Cholera in India, 1862 to 1881
Year: 1862
Disease focus: Cholera
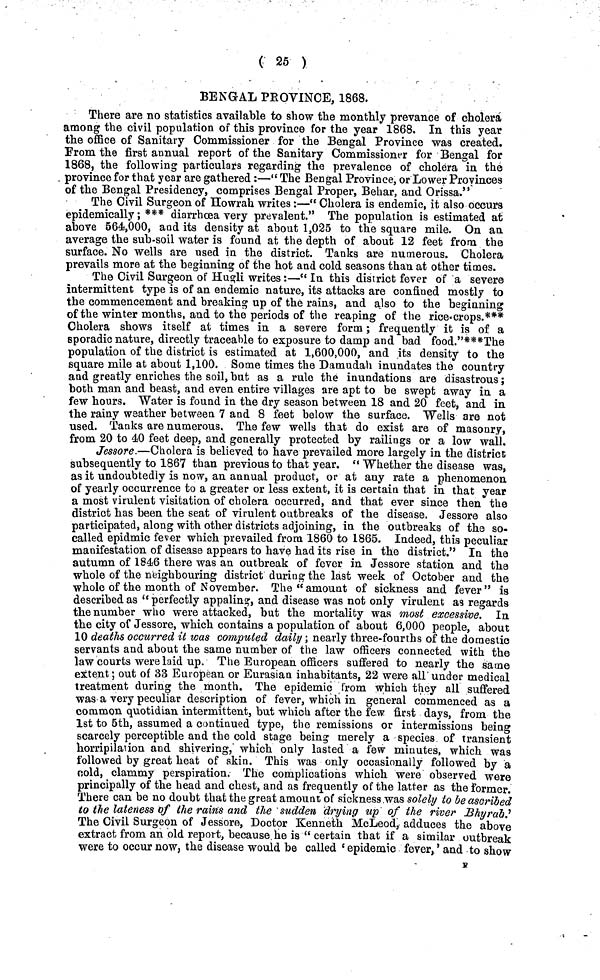
( 25 )
BENGAL PROVINCE, 1868.
There are no statistics available to show the monthly prevance of cholera
among the civil population of this province for the year 1868. In this year
the office of Sanitary Commissioner for the Bengal Province was created.
From the first annual report of the Sanitary Commissioner for Bengal for
1868, the following particulars regarding the prevalence of cholera in the
province for that year are gathered :—" The Bengal Province, or Lower Provinces
of the Bengal Presidency, comprises Bengal Proper, Behar, and Orissa."
The Civil Surgeon of Howrah writes :—" Cholera is endemic, it also occurs
epidemically ; *** diarrhoea very prevalent." The population is estimated at
above 564,000, and its density at about 1,025 to the square mile. On an
average the sub-soil water is found at the depth of about 12 feet from the
surface. No wells are used in the district. Tanks are numerous. Cholera
prevails more at the beginning of the hot and cold seasons than at other times.
The Civil Surgeon of Hugli writes :—“ In this district fever of a severe
intermittent type is of an endemic nature, its attacks are confined mostly to
the commencement and breaking up of the rains, and also to the beginning
of the winter months, and to the periods of the reaping of the rice-crops.***
Cholera shows itself at times in a severe form ; frequently it is of a
sporadic nature, directly traceable to exposure to damp and bad food."***The
population of the district is estimated at 1,600,000, and its density to the
square mile at about 1,100. Some times the Damudah inundates the country
and greatly enriches the soil, but as a rule the inundations are disastrous ;
both man and beast, and even entire villages are apt to be swept away in a
few hours. Water is found in the dry season between 18 and 20 feet, and in
the rainy weather between 7 and 8 feet below the surface. "Wells are not
used. Tanks are numerous. The few wells that do exist are of masonry,
from 20 to 40 feet deep, and generally protected by railings or a low wall.
Jessore —Cholera is believed to have prevailed more largely in the district
subsequently to 1867 than previous to that year. “Whether the disease was,
as it undoubtedly is now, an annual product, or at any rate a phenomenon
of yearly occurrence to a greater or less extent, it is certain that in that year
a most virulent visitation of cholera occurred, and that ever since then the
district has been the seat of virulent outbreaks of the disease. Jessore also
participated, along with other districts adjoining, in the outbreaks of the so-
called epidmic fever which prevailed from 1860 to 1865. Indeed, this peculiar
manifestation of disease appears to have had its rise in the district." In the
autumn of 1846 there was an outbreak of fever in Jessore station and the
whole of the neighbouring district during the last week of October and the
whole of the month of November. The "amount of sickness and fever" is
described as “ perfectly appaling, and disease was not only virulent as regards
the number who were attacked, but the mortality was most excessive. In
the city of Jessore, which contains a population of about 6,000 people, about
10 deaths occurred it was computed daily, nearly three-fourths of the domestic
servants and about the same number of the law officers connected with the
law courts were laid up. The European officers suffered to nearly the same
extent ; out of 33 European or Eurasian inhabitants, 22 were all under medical
treatment during the month. The epidemic from which they all suffered
was a very peculiar description of fever, which in general commenced as a
common quotidian intermittent, but which after the few first days, from the
1st to 5th, assumed a continued type, the remissions or intermissions being
scarcely perceptible and the cold stage being merely a species of transient
horripilation and shivering, which only lasted a few minutes, which was
followed by great heat of skin. This was only occasionally followed by a
cold, clammy perspiration. The complications which were observed were
principally of the head and chest, and as frequently of the latter as the former.
There can be no doubt that the great amount of sickness was solely to be ascribed
to the lateness of the rains and ¿he sudden drying up of the river Bhyrab.'
The Civil Surgeon of Jessore, Doctor Kenneth McLeod, adduces the above
extract from an old report, because he is " certain that if a similar outbreak
were to occur now, the disease would be called ' epidemic fever, ' and to show
κ